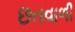
છતવાળી